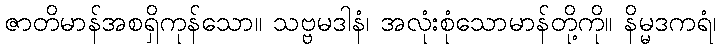
ဇာတိမာန်အစရှိကုန်သော။ သဗ္ဗမဒါနံ၊ အလုံးစုံသောမာန်တို့ကို။ နိမ္မဒကရံ၊